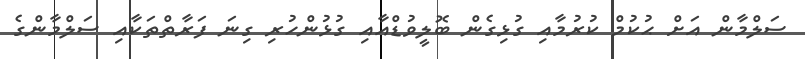
ސަލްމާން އަށް ޙުކުމް ކުރުމާއި ގުޅިގެން ބޮލީވުޑްއާއި ގުޅުންހުރި ގިނަ ފަރާތްތަކާއި ސަލްމާންގެ